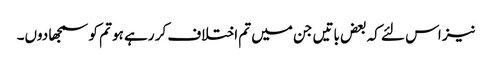
نیز اس لئے کہ بعض باتیں جن میں تم اختلاف کر رہے ہو تم کو سمجھا دوں۔